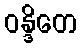
ဝန္ဒိတေ